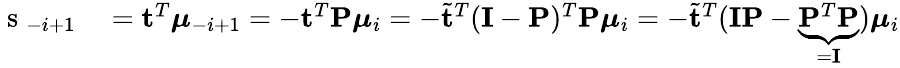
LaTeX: \begin{array}{rl}{\mathrm{~s~}_{-i+1}}&{{}=\mathbf{t}^{T}\boldsymbol{\mu}_{-i+1}=-\mathbf{t}^{T}\mathbf{P}\boldsymbol{\mu}_{i}=-\tilde{\mathbf{t}}^{T}(\mathbf{I}-\mathbf{P})^{T}\mathbf{P}\boldsymbol{\mu}_{i}=-\tilde{\mathbf{t}}^{T}(\mathbf{I}\mathbf{P}-\underbrace{\mathbf{P}^{T}\mathbf{P}}_{=\mathbf{I}})\boldsymbol{\mu}_{i}}\end{array}